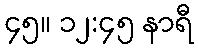
၄၅။ ၁၂:၄၅ နာရီ